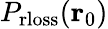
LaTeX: P_{\mathrm{rloss}}(\mathbf{r}_{0})